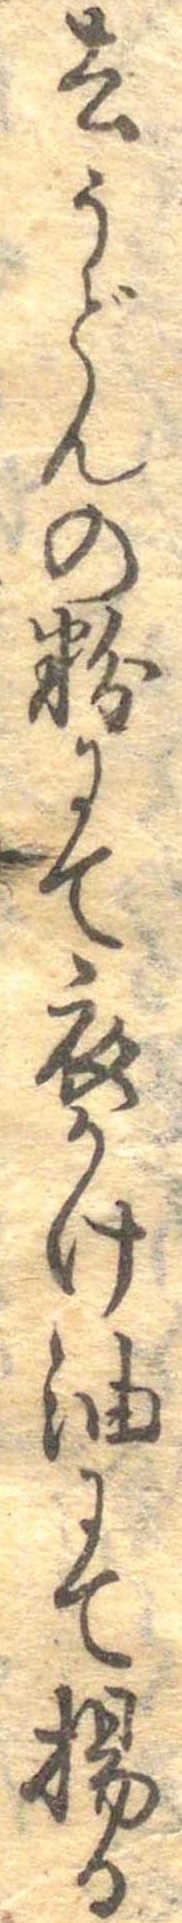
去うどんの粉にて衣かけ油にて揚る